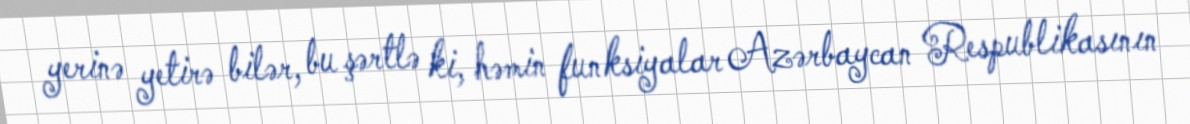
yerinə yetirə bilər, bu şərtlə ki, həmin funksiyalar Azərbaycan Respublikasının